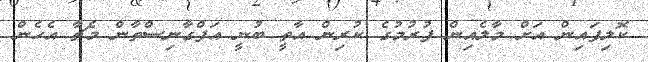
ކޮލިފައިން އަށް މާލެއިން ފުރުމުގެ ކުރިން އާތީ ބުނީ އަފްގާނިސްތާން މެޗާ އެހެން